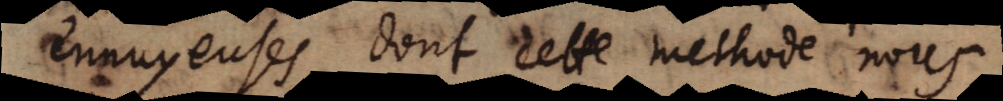
ennuyeuses dont cette methode nous